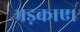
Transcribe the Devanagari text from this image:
भड़काए।